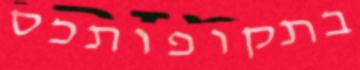
בתקופותכס